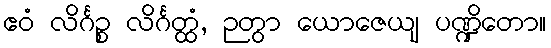
ဧဝံ လိင်္ဂဉ္စ လိင်္ဂတ္ထံ, ဉတွာ ယောဇေယျ ပဏ္ဍိတော။